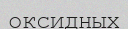
оксидных